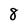
Character: 8